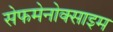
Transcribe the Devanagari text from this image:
सेफमेनोक्साइम